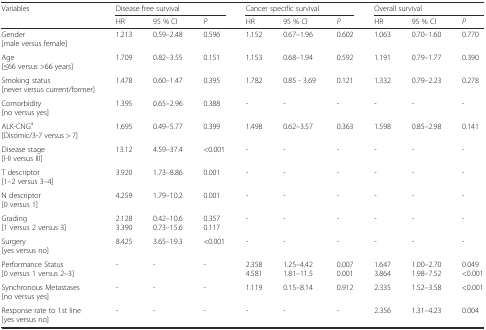
<table><thead><tr><td rowspan="2"><b>Variables</b></td><td colspan="3"><b>Disease free survival</b></td><td colspan="3"><b>Cancer specific survival</b></td><td colspan="3"><b>Overall survival</b></td></tr><tr><td><b>HR</b></td><td><b>95 % CI</b></td><td><b><i>P</i></b></td><td><b>HR</b></td><td><b>95 % CI</b></td><td><b><i>P</i></b></td><td><b>HR</b></td><td><b>95 % CI</b></td><td><b><i>P</i></b></td></tr></thead><tbody><tr><td>Gender[male versus female]</td><td>1.213</td><td>0.59–2.48</td><td>0.596</td><td>1.152</td><td>0.67–1.96</td><td>0.602</td><td>1.063</td><td>0.70–1.60</td><td>0.770</td></tr><tr><td>Age[≤66 versus &gt;66 years]</td><td>1.709</td><td>0.82–3.55</td><td>0.151</td><td>1.153</td><td>0.68–1.94</td><td>0.592</td><td>1.191</td><td>0.79–1.77</td><td>0.390</td></tr><tr><td>Smoking status[never versus current/former]</td><td>1.478</td><td>0.60–1.47</td><td>0.395</td><td>1.782</td><td>0.85 - 3.69</td><td>0.121</td><td>1.332</td><td>0.79–2.23</td><td>0.278</td></tr><tr><td>Comorbidity[no versus yes]</td><td>1.395</td><td>0.65–2.96</td><td>0.388</td><td>-</td><td>-</td><td>-</td><td>-</td><td>-</td><td>-</td></tr><tr><td>ALK-CNG<sup>a</sup>[Disomic/3-7 versus &gt; 7]</td><td>1.695</td><td>0.49–5.77</td><td>0.399</td><td>1.498</td><td>0.62–3.57</td><td>0.363</td><td>1.598</td><td>0.85–2.98</td><td>0.141</td></tr><tr><td>Disease stage[I-II versus III]</td><td>13.12</td><td>4.59–37.4</td><td>&lt;0.001</td><td>-</td><td>-</td><td>-</td><td>-</td><td>-</td><td>-</td></tr><tr><td>T descriptor[1–2 versus 3–4]</td><td>3.920</td><td>1.73–8.86</td><td>0.001</td><td>-</td><td>-</td><td>-</td><td>-</td><td>-</td><td>-</td></tr><tr><td>N descriptor[0 versus 1]</td><td>4.259</td><td>1.79–10.2</td><td>0.001</td><td>-</td><td>-</td><td>-</td><td>-</td><td>-</td><td>-</td></tr><tr><td>Grading[1 versus 2 versus 3]</td><td>2.1283.390</td><td>0.42–10.60.73–15.6</td><td>0.3570.117</td><td>-</td><td>-</td><td>-</td><td>-</td><td>-</td><td>-</td></tr><tr><td>Surgery[yes versus no]</td><td>8.425</td><td>3.65–19.3</td><td>&lt;0.001</td><td>-</td><td>-</td><td>-</td><td>-</td><td>-</td><td>-</td></tr><tr><td>Performance Status[0 versus 1 versus 2–3]</td><td>-</td><td>-</td><td>-</td><td>2.3584.581</td><td>1.25–4.421.81–11.5</td><td>0.0070.001</td><td>1.6473.864</td><td>1.00–2.701.98–7.52</td><td>0.049&lt;0.001</td></tr><tr><td>Synchronous Metastases[no versus yes]</td><td>-</td><td>-</td><td>-</td><td>1.119</td><td>0.15–8.14</td><td>0.912</td><td>2.335</td><td>1.52–3.58</td><td>&lt;0.001</td></tr><tr><td>Response rate to 1st line[yes versus no]</td><td>-</td><td>-</td><td>-</td><td>-</td><td>-</td><td>-</td><td>2.356</td><td>1.31–4.23</td><td>0.004</td></tr></tbody></table>